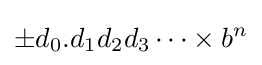
\pm d_{0}.d_{1}d_{2}d_{3}\dots \times b^{n}